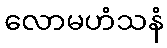
လောမဟံသနံ